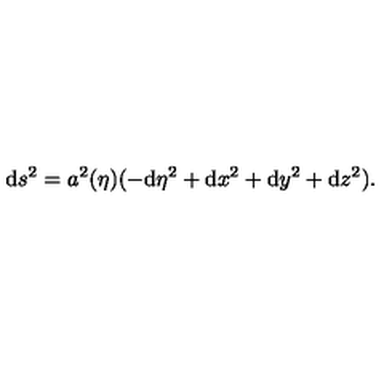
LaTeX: \mathrm { d } s ^ { 2 } = a ^ { 2 } ( \eta ) ( - \mathrm { d } \eta ^ { 2 } + \mathrm { d } x ^ { 2 } + \mathrm { d } y ^ { 2 } + \mathrm { d } z ^ { 2 } ) .